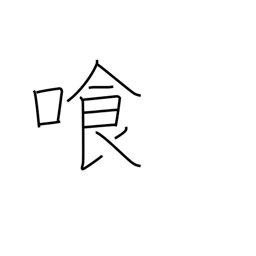
Meaning: drink